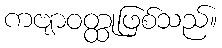
ကဗျာဝတ္ထုဖြစ်သည်။